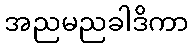
အညမညခါဒိကာ